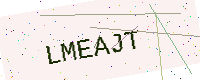
Text: LMEAJT